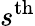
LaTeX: s^{\mathrm{th}}